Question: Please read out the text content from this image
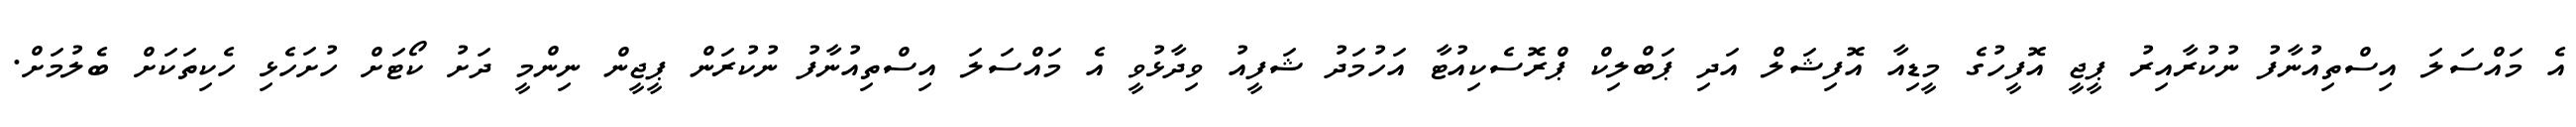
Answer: އެ މައްސަލަ އިސްތިއުނާފު ނުކުރާއިރު ޕީޖީ އޮފީހުގެ މީޑިއާ އޮފިޝަލް އަދި ޕަބްލިކް ޕްރޮސެކިއުޓާ އަހުމަދު ޝަފީއު ވިދާޅުވީ އެ މައްސަލަ އިސްތިއުނާފު ނުކުރަން ޕީޖީން ނިންމީ ދަށު ކޯޓަށް ހުށަހެޅި ހެކިތަކަށް ބެލުމަށް.